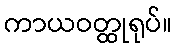
ကာယဝတ္ထုရုပ်။